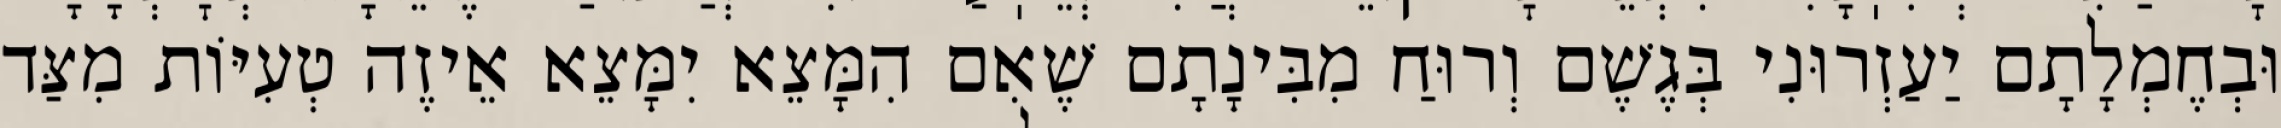
וּבְחֶמְלָתָם יַעַזְרוּנִי בְּגֶשֶׁם וְרוּחַ מִבִּינָתָם שֶׁאִם הִמָּצֵא יִמָּצֵא אֵיזֶה טְעִיּוֹת מִצַּד